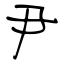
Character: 尹